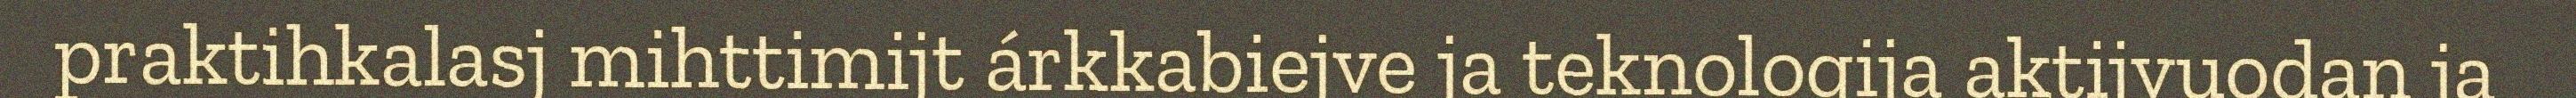
praktihkalasj mihttimijt árkkabiejve ja teknologija aktijvuodan ja